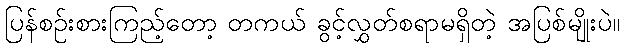
ပြန်စဉ်းစားကြည့်တော့ တကယ် ခွင့်လွှတ်စရာမရှိတဲ့ အပြစ်မျိုးပဲ။